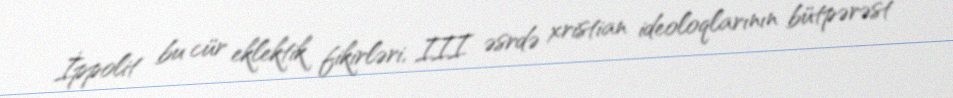
İppolit bu cür eklektik fikirləri, III əsrdə xristian ideoloqlarının bütpərəst